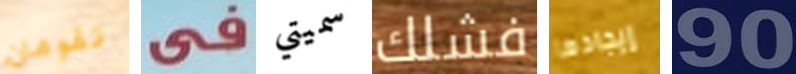
تقومان في سميتي فشلك إيجادها 90